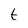
Character: t